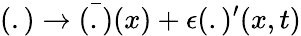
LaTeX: (.)\rightarrow{\bar{(.)}}(x)+\epsilon(.)^{\prime}(x,t)